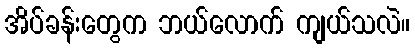
အိပ်ခန်းတွေက ဘယ်လောက် ကျယ်သလဲ။